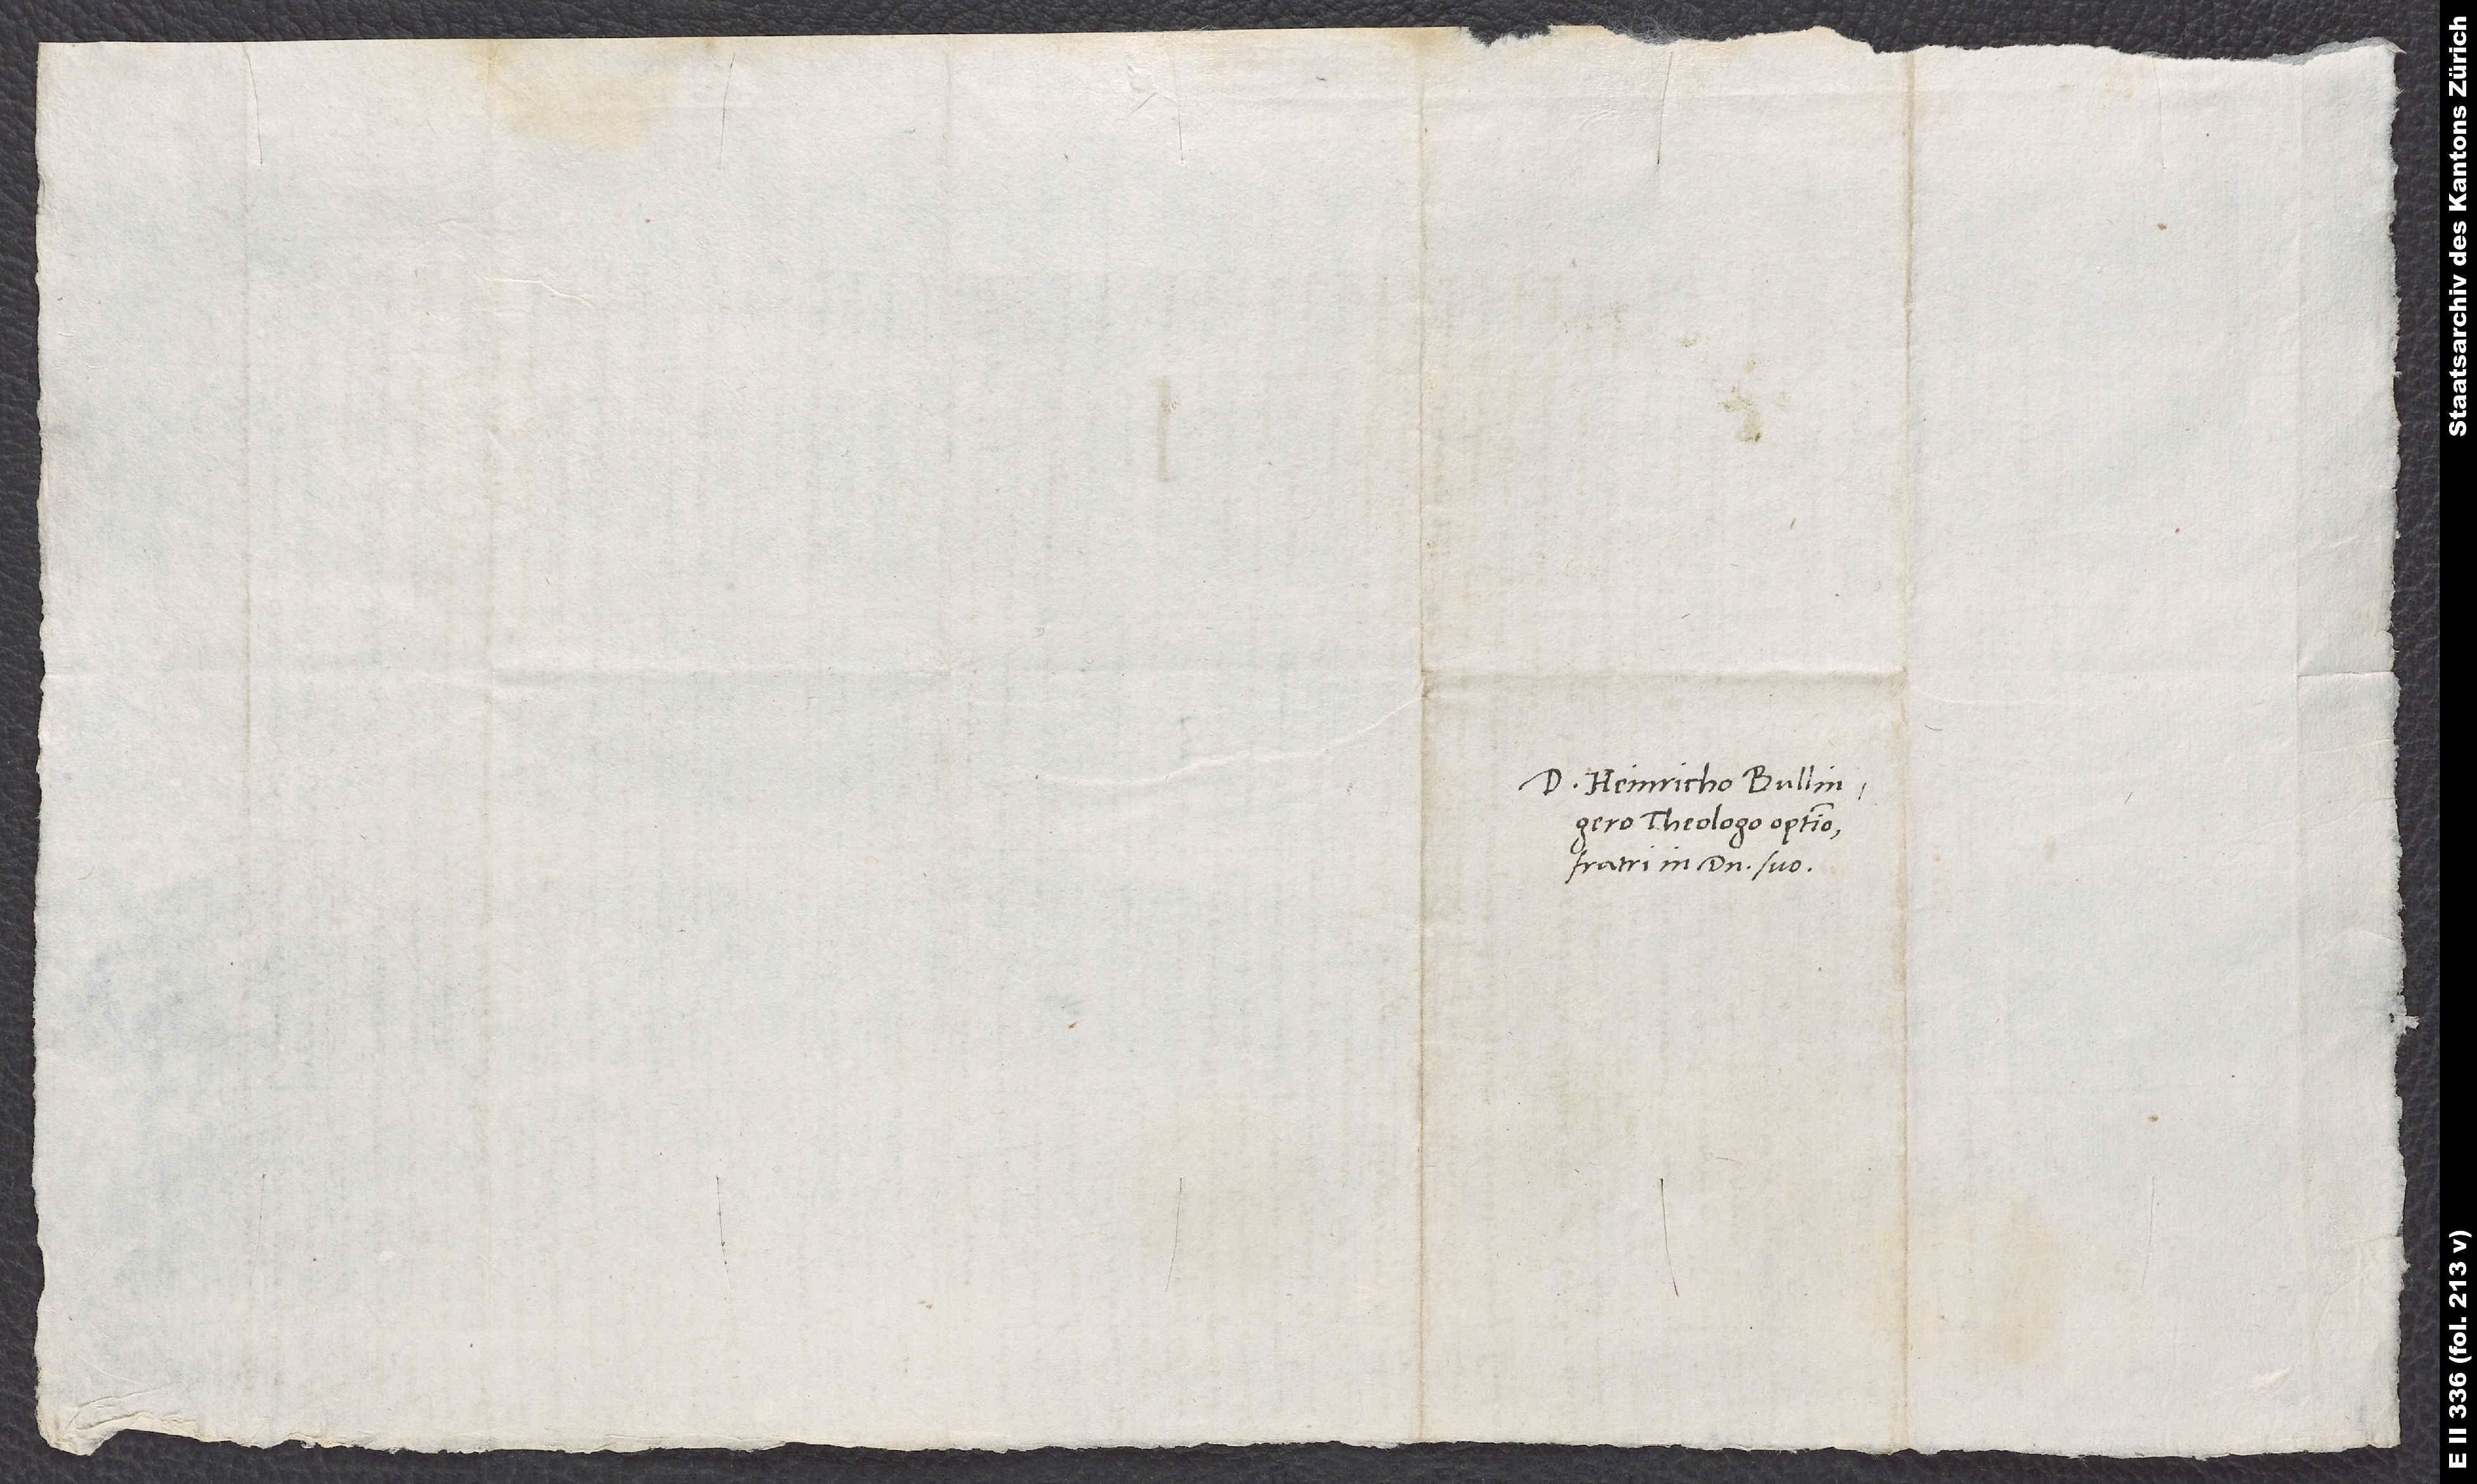
D. Heinricho Bulligero,
theologo optimo,
fratri in domino suo.